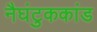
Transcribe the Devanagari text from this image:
नैघंटुककांड